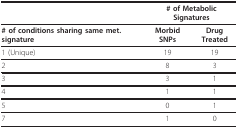
<table><thead><tr><td></td><td colspan="2"><b># of Metabolic Signatures</b></td></tr></thead><tbody><tr><td><b># of conditions sharing same met. signature</b></td><td><b>Morbid SNPs</b></td><td><b>Drug Treated</b></td></tr><tr><td>1 (Unique)</td><td>19</td><td>19</td></tr><tr><td>2</td><td>8</td><td>3</td></tr><tr><td>3</td><td>3</td><td>1</td></tr><tr><td>4</td><td>1</td><td>1</td></tr><tr><td>5</td><td>0</td><td>1</td></tr><tr><td>7</td><td>1</td><td>0</td></tr></tbody></table>